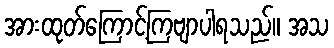
အားထုတ်ကြောင့်ကြဗျာပါရသည်။ အသ